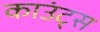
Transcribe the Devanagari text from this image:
काउंट्स